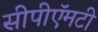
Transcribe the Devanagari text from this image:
सीपीऍमटी